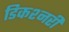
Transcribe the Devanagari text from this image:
डिकश्नरी